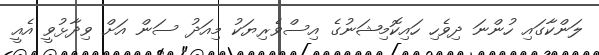
ލަންކާގައި ހުންނަ ދިވެހި ހައިކޮމިޝަނުގެ އިސްވެރިޔަކު މިއަދު ސަން އަށް ވިދާޅުވީ އެއީ